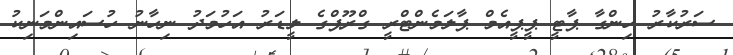
ސަރުކާރު ހިންގާ ޕާޓީ ޕީޕީއެމް ޕާލަމެންޓްރީ ގްރޫޕްގެ ލީޑަރު އަހުމަދު ނިހާނު ހުސައިންމަނިކު